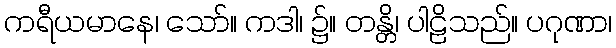
ကရီယမာနေ၊ သော်။ ကဒါ၊ ၌။ တန္တိ၊ ပါဠိသည်။ ပဂုဏာ၊